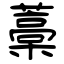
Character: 藁